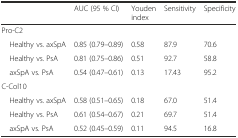
<table><thead><tr><td></td><td><b>AUC (95 % CI)</b></td><td><b>Youden index</b></td><td><b>Sensitivity</b></td><td><b>Specificity</b></td></tr></thead><tbody><tr><td>Pro-C2</td><td></td><td></td><td></td><td></td></tr><tr><td> Healthy vs. axSpA</td><td>0.85 (0.79–0.89)</td><td>0.58</td><td>87.9</td><td>70.6</td></tr><tr><td> Healthy vs. PsA</td><td>0.81 (0.75–0.86)</td><td>0.51</td><td>92.7</td><td>58.8</td></tr><tr><td> axSpA vs. PsA</td><td>0.54 (0.47–0.61)</td><td>0.13</td><td>17.43</td><td>95.2</td></tr><tr><td>C-Col10</td><td></td><td></td><td></td><td></td></tr><tr><td> Healthy vs. axSpA</td><td>0.58 (0.51–0.65)</td><td>0.18</td><td>67.0</td><td>51.4</td></tr><tr><td> Healthy vs. PsA</td><td>0.61 (0.54–0.67)</td><td>0.21</td><td>69.7</td><td>51.4</td></tr><tr><td> axSpA vs. PsA</td><td>0.52 (0.45–0.59)</td><td>0.11</td><td>94.5</td><td>16.8</td></tr></tbody></table>